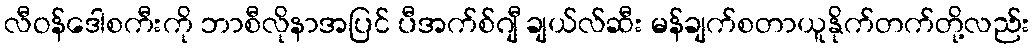
လီဝန်ဒေါစကီးကို ဘာစီလိုနာအပြင် ပီအက်စ်ဂျီ ချယ်လ်ဆီး မန်ချက်စတာယူနိုက်တက်တို့လည်း